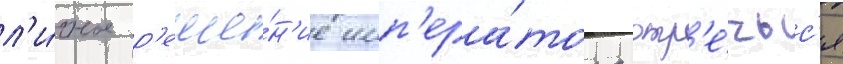
л'и́чное р'еше́н'ие имп'ера́тора отр'е́чьс'я